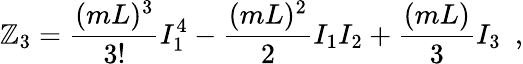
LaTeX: \mathbb{Z}_{3}=\frac{{(mL)^{3}}}{{3!}}I_{1}^{4}-\frac{{(mL)^{2}}}{{2}}I_{1}I_{2}+\frac{{(mL)}}{{3}}I_{3}\, \, \, ,